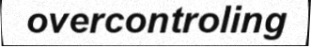
overcontroling